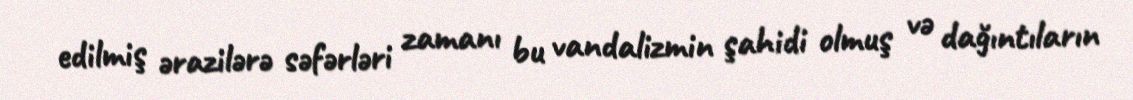
edilmiş ərazilərə səfərləri zamanı bu vandalizmin şahidi olmuş və dağıntıların